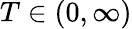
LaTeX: T\in(0,\infty)